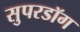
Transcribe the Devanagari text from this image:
सुपरडॉग